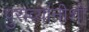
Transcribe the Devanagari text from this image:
पुराव्यांनीशी